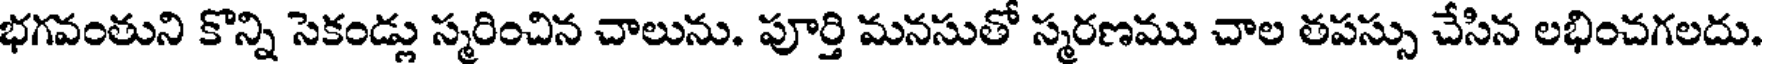
భగవంతుని కొన్ని సెకండ్లు స్మరించిన చాలును. పూర్తి మనసుతో స్మరణము చాల తపస్సు చేసిన లభించగలదు.